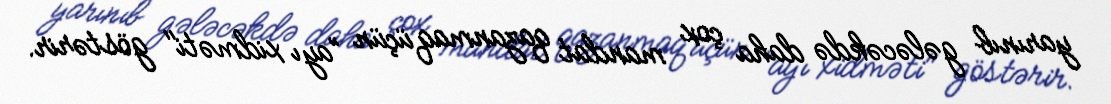
yarınıb gələcəkdə daha çox mandat qazanmaq üçün ”ayı xidməti" göstərir.